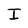
Character: I